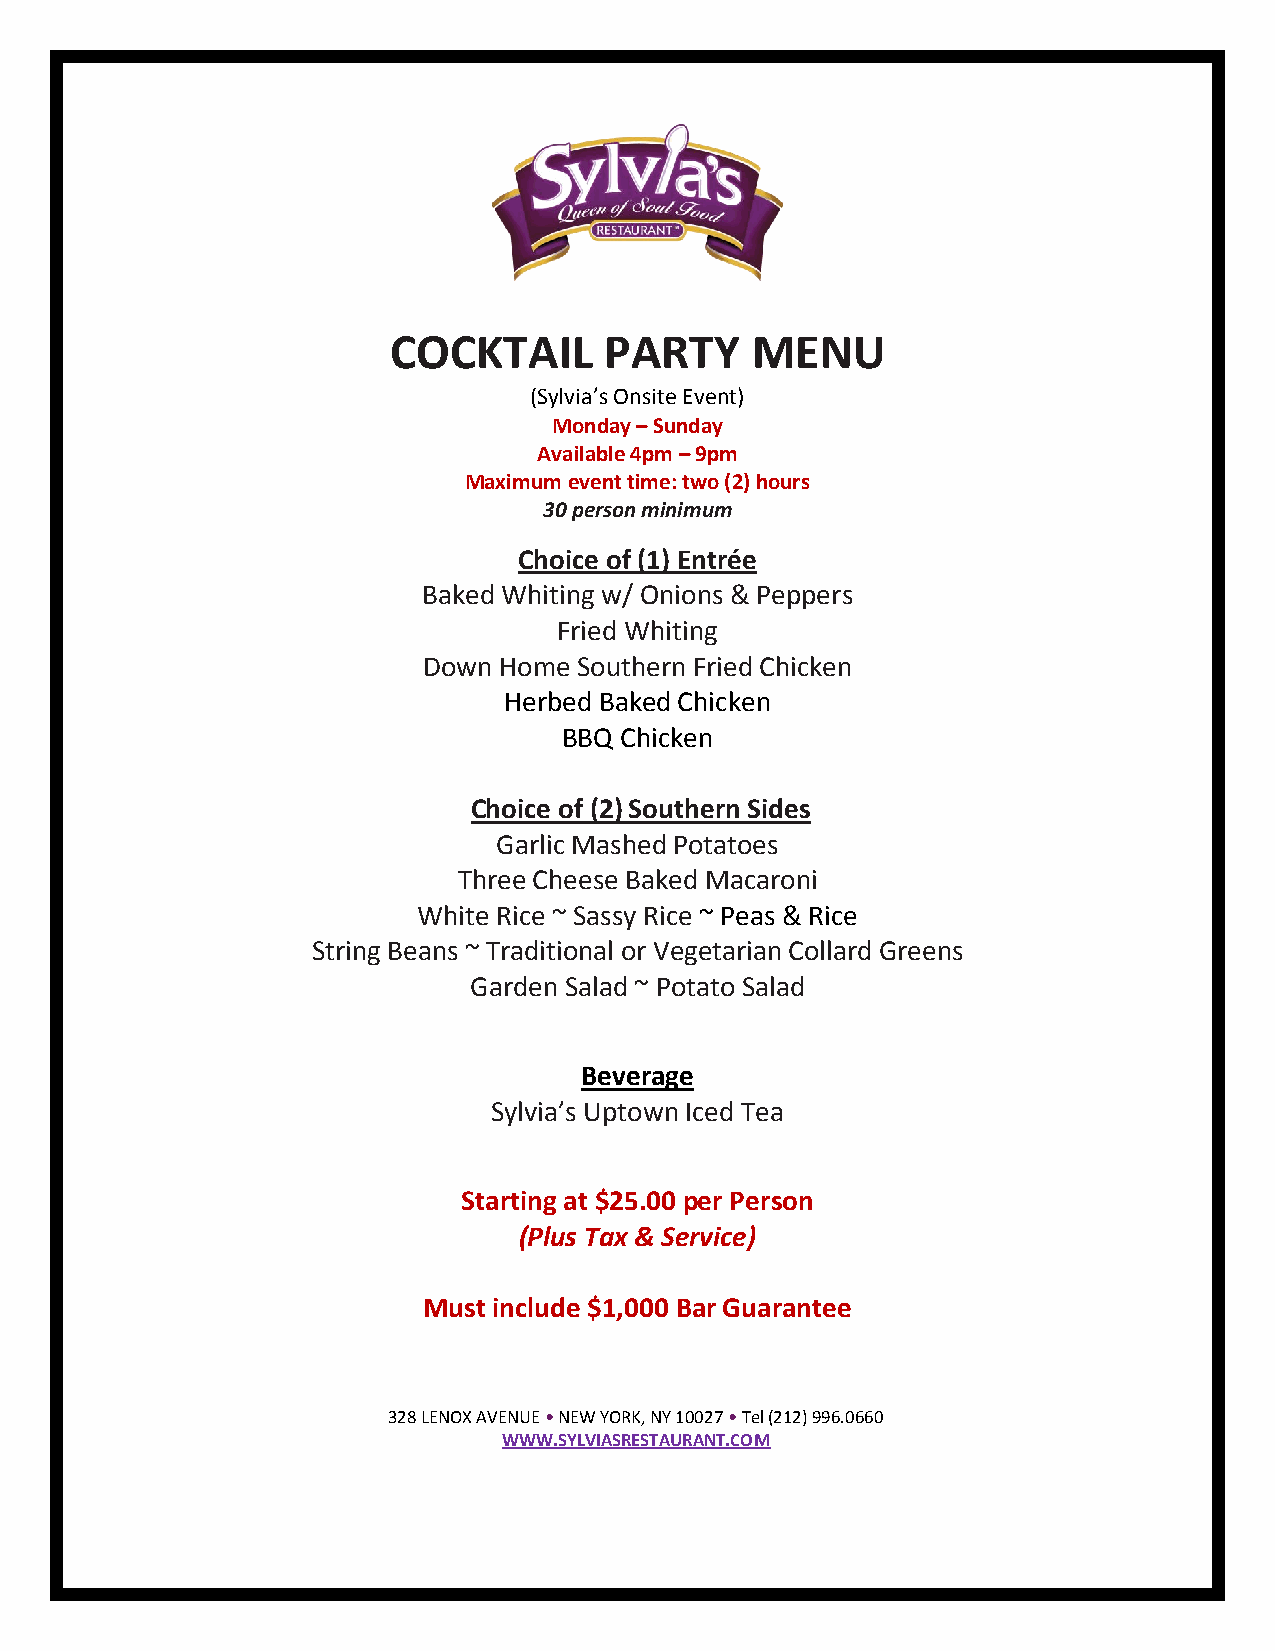
COCKTAIL      PARTY     MENU
 (Sylvia’s Onsite Event)
 Monday – Sunday
 Available 4pm – 9pm
 Maximum event time: two (2) hours
 30 person minimum
 Choice of (1) Entrée
 Baked Whiting w/ Onions & Peppers
 Fried Whiting
 Down Home Southern Fried Chicken
 Herbed Baked Chicken
 BBQ Chicken
 Choice of (2) Southern Sides
 Garlic Mashed Potatoes
 Three Cheese Baked Macaroni
 White Rice ~ Sassy Rice ~ Peas & Rice
 String Beans ~ Traditional or Vegetarian Collard Greens
 Garden Salad ~ Potato Salad
 Beverage
 Sylvia’s Uptown Iced Tea
 Starting at $25.00 per Person
 (Plus Tax & Service)
 Must include $1,000 Bar Guarantee
 328 LENOX AVENUE • NEW YORK, NY 10027 • Tel (212) 996.0660
 WWW.SYLVIASRESTAURANT.COM